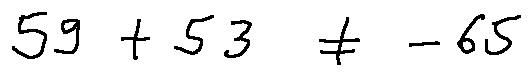
5 9 + 5 3 \neq - 6 5